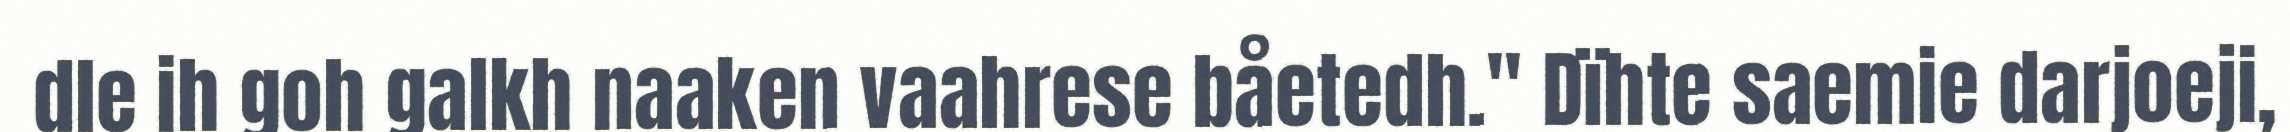
dle ih goh galkh naaken vaahrese båetedh." Dïhte saemie darjoeji,